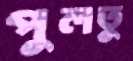
পুলতু